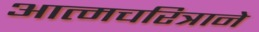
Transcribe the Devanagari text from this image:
आत्मचरित्राने